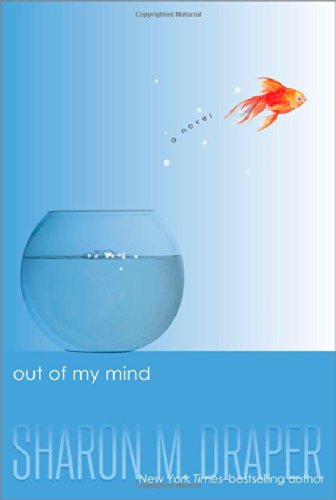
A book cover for Out of My Mind; Sharon M. Draper; Literature & Fiction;